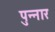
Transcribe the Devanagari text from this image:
पुन्नार